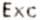
EXC